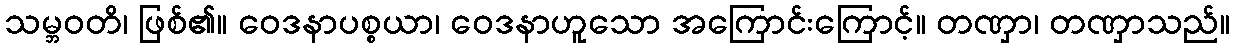
သမ္ဘဝတိ၊ ဖြစ်၏။ ဝေဒနာပစ္စယာ၊ ဝေဒနာဟူသော အကြောင်းကြောင့်။ တဏှာ၊ တဏှာသည်။